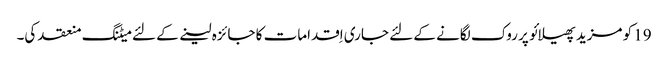
19 کو مزید پھیلائو پر روک لگانے کے لئے جاری اِقدامات کا جائزہ لینے کے لئے میٹنگ منعقد کی۔